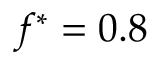
f ^ { * } = 0 . 8